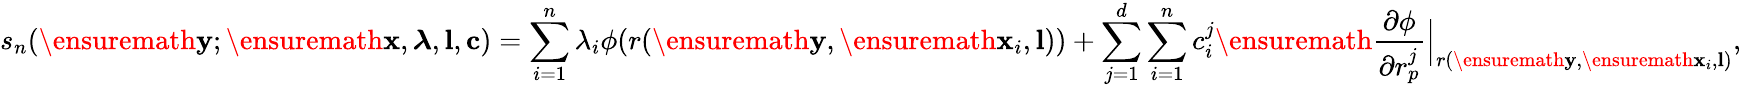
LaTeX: s_{n}(\ensuremath{\mathbf{y}};\ensuremath{\mathbf{x}},\boldsymbol{\lambda},\textbf{l},\textbf{c})=\sum_{i=1}^{n}\lambda_{i}\phi(r(\ensuremath{\mathbf{y}},\ensuremath{\mathbf{x}}_{i},\textbf{l}))+\sum_{j=1}^{d}\sum_{i=1}^{n}c_{i}^{j}\ensuremath{\frac{\partial\phi}{\partial r_{p}^{j}}}\Bigr|_{r(\ensuremath{\mathbf{y}},\ensuremath{\mathbf{x}}_{i},\textbf{l})},